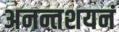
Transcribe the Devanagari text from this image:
अनन्तशयनं